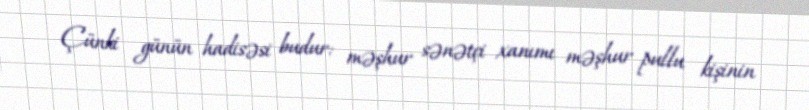
Çünki günün hadisəsi budur: məşhur sənətçi xanımı məşhur pullu kişinin